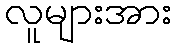
လူများအား